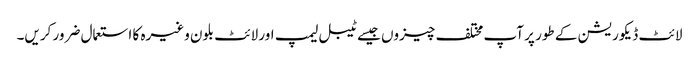
لائٹ ڈیکوریشن کے طور پر آپ مختلف چیزوں جیسے ٹیبل لیمپ اور لائٹ بلون وغیرہ کا استعمال ضرور کریں۔